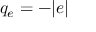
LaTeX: q _ { e } = - | e |